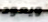
ويعود